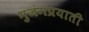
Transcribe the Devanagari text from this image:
भुजंगप्रयाती